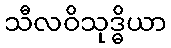
သီလဝိသုဒ္ဓိယာ